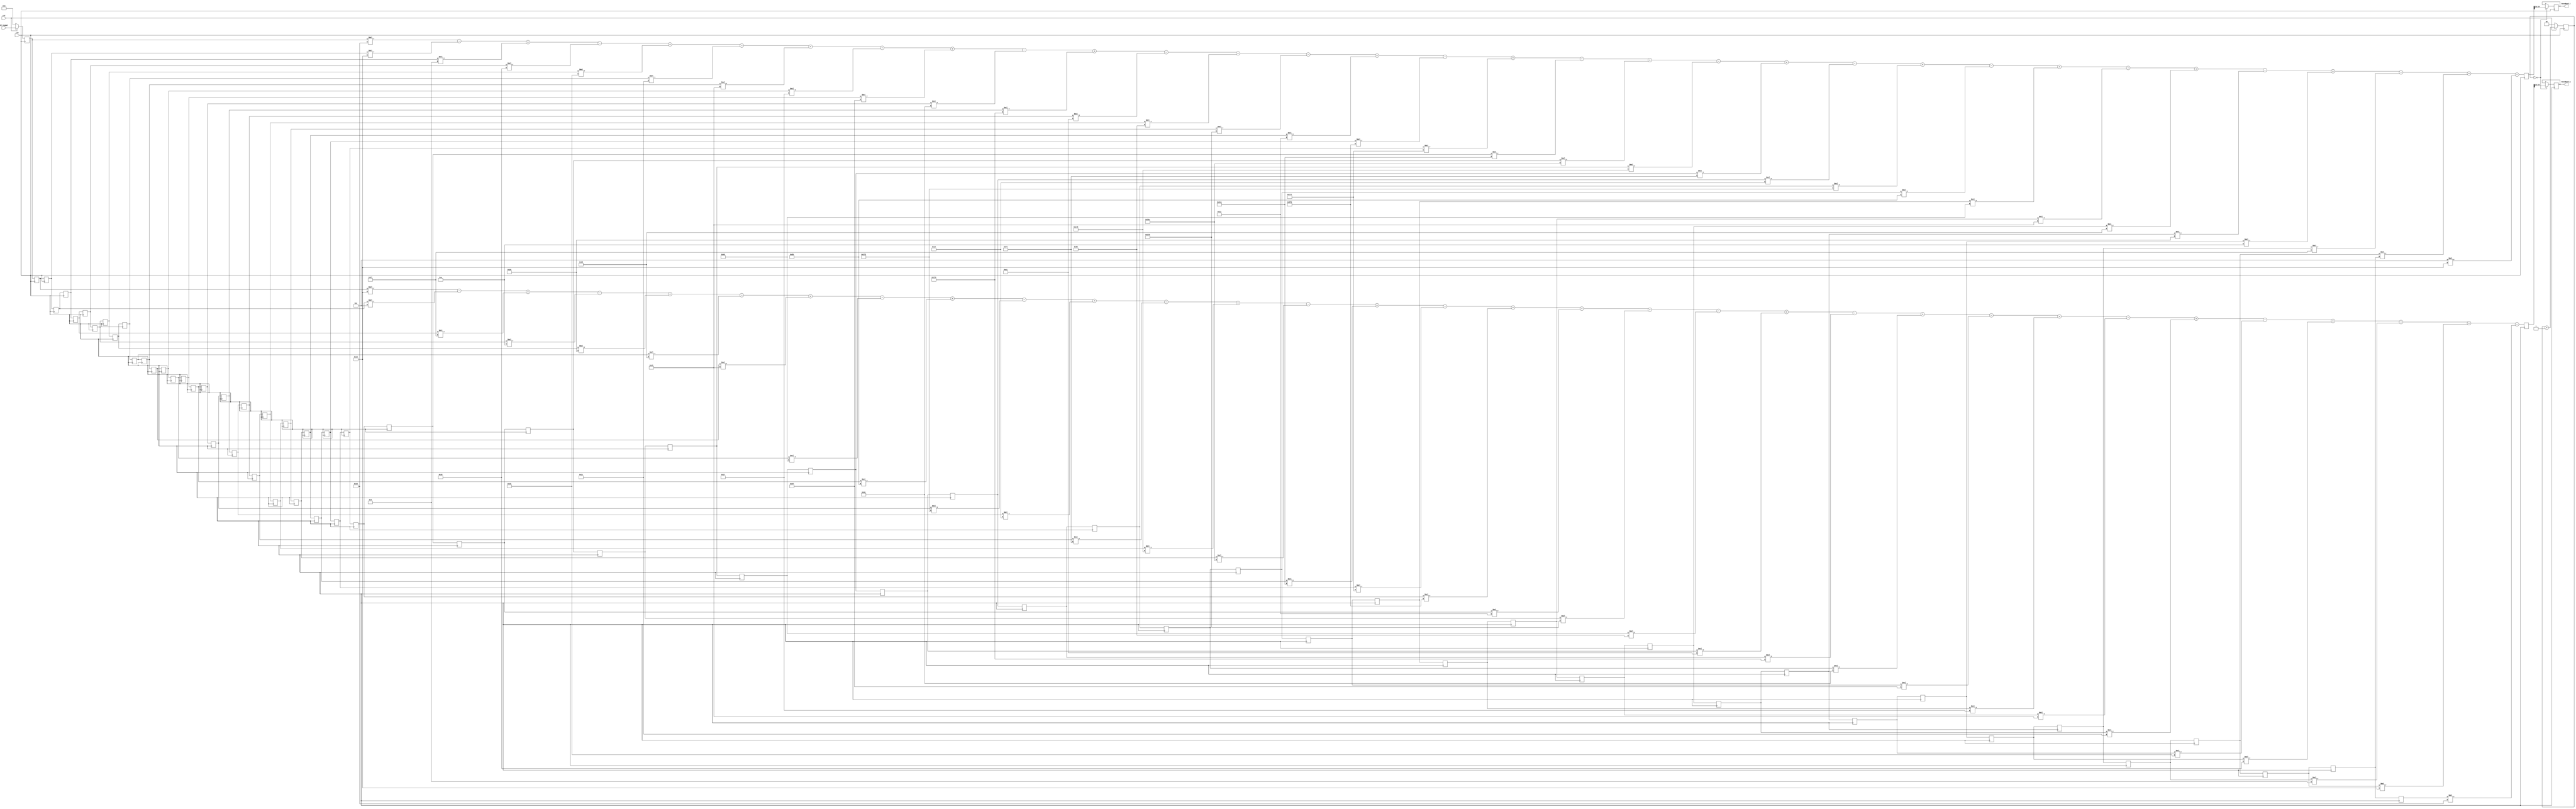
module DDC #(parameter width=12)(
input  clk,
input  rst,
input  [width-1:0]IF_Signal,
output reg [width-1:0]BaseBand_I,
output reg [width-1:0]BaseBand_Q

);
parameter
h0=-11,
h1=20,
h2=20,
h3=12,
h4=-7,
h5=-25,
h6=-27,
h7=-6,
h8=27,
h9=45,
h10=28,
h11=-19,
h12=-63,
h13=-63,
h14=-9,
h15=67,
h16=103,
h17=59,
h18=-48,
h19=-142,
h20=-138,
h21=-12,
h22=161,
h23=244,
h24=136,
h25=-136,
h26=-395,
h27=-404,
h28=-14,
h29=718,
h30=1522,
h31=2047,
h32=2047,
h33=1522,
h34=718,
h35=-14,
h36=-404,
h37=-395,
h38=-136,
h39=136,
h40=244,
h41=161,
h42=-12,
h43=-138,
h44=-142,
h45=-48,
h46=59,
h47=103,
h48=67,
h49=-9,
h50=-63,
h51=-63,
h52=-19,
h53=28,
h54=45,
h55=27,
h56=-6,
h57=-27,
h58=-25,
h59=-7,
h60=12,
h61=20,
h62=20,
h63=-11;

reg [width-1:0]data_in_temp[1:64];
reg [1:0]count=0;

always@(posedge clk)
begin
	if(!rst)
		count<=0;
	else
		count<=count+1'b1;
end

always@(posedge clk)
begin

end

always@(posedge clk)
begin   
if(!rst)
	begin
    data_in_temp[1 ]<=0;
    data_in_temp[2 ]<=0;
    data_in_temp[3 ]<=0;
    data_in_temp[4 ]<=0;
    data_in_temp[5 ]<=0;
    data_in_temp[6 ]<=0;
    data_in_temp[7 ]<=0;
    data_in_temp[8 ]<=0;
    data_in_temp[9 ]<=0;
    data_in_temp[10]<=0;
    data_in_temp[11]<=0;
    data_in_temp[12]<=0;
    data_in_temp[13]<=0;
    data_in_temp[14]<=0;
    data_in_temp[15]<=0;
    data_in_temp[16]<=0;
    data_in_temp[17]<=0;
    data_in_temp[18]<=0;
    data_in_temp[19]<=0;
    data_in_temp[20]<=0;
    data_in_temp[21]<=0;
    data_in_temp[22]<=0;
    data_in_temp[23]<=0;
    data_in_temp[24]<=0;
    data_in_temp[25]<=0;
    data_in_temp[26]<=0;
    data_in_temp[27]<=0;
    data_in_temp[28]<=0;
    data_in_temp[29]<=0;
    data_in_temp[30]<=0;
    data_in_temp[31]<=0;
    data_in_temp[32]<=0;
    data_in_temp[33]<=0;
    data_in_temp[34]<=0;
    data_in_temp[35]<=0;
    data_in_temp[36]<=0;
    data_in_temp[37]<=0;
    data_in_temp[38]<=0;
    data_in_temp[39]<=0;
    data_in_temp[40]<=0;
    data_in_temp[41]<=0;
    data_in_temp[42]<=0;
    data_in_temp[43]<=0;
    data_in_temp[44]<=0;
    data_in_temp[45]<=0;
    data_in_temp[46]<=0;
    data_in_temp[47]<=0;
    data_in_temp[48]<=0;
    data_in_temp[49]<=0;
    data_in_temp[50]<=0;
    data_in_temp[51]<=0;
    data_in_temp[52]<=0;
    data_in_temp[53]<=0;
    data_in_temp[54]<=0;
    data_in_temp[55]<=0;
    data_in_temp[56]<=0;
    data_in_temp[57]<=0;
    data_in_temp[58]<=0;
    data_in_temp[59]<=0;
    data_in_temp[60]<=0;
    data_in_temp[61]<=0;
    data_in_temp[62]<=0;
    data_in_temp[63]<=0;
    data_in_temp[64]<=0;
	end
else 	
	data_in_temp[1 ]<=IF_Signal;
	data_in_temp[2 ]<=data_in_temp[1 ] ;
	data_in_temp[3 ]<=data_in_temp[2 ] ;
	data_in_temp[4 ]<=data_in_temp[3 ] ;
	data_in_temp[5 ]<=data_in_temp[4 ] ;
	data_in_temp[6 ]<=data_in_temp[5 ] ;
	data_in_temp[7 ]<=data_in_temp[6 ] ;
	data_in_temp[8 ]<=data_in_temp[7 ] ;
	data_in_temp[9 ]<=data_in_temp[8 ] ;
	data_in_temp[10]<=data_in_temp[9 ] ;
	data_in_temp[11]<=data_in_temp[10] ;
	data_in_temp[12]<=data_in_temp[11] ;
	data_in_temp[13]<=data_in_temp[12] ;
	data_in_temp[14]<=data_in_temp[13] ;
	data_in_temp[15]<=data_in_temp[14] ;
	data_in_temp[16]<=data_in_temp[15] ;
	data_in_temp[17]<=data_in_temp[16] ;
	data_in_temp[18]<=data_in_temp[17] ;
	data_in_temp[19]<=data_in_temp[18] ;
	data_in_temp[20]<=data_in_temp[19] ;
	data_in_temp[21]<=data_in_temp[20] ;
	data_in_temp[22]<=data_in_temp[21] ;
	data_in_temp[23]<=data_in_temp[22] ;
	data_in_temp[24]<=data_in_temp[23] ;
	data_in_temp[25]<=data_in_temp[24] ;
	data_in_temp[26]<=data_in_temp[25] ;
	data_in_temp[27]<=data_in_temp[26] ;
	data_in_temp[28]<=data_in_temp[27] ;
	data_in_temp[29]<=data_in_temp[28] ;
	data_in_temp[30]<=data_in_temp[29] ;
	data_in_temp[31]<=data_in_temp[30] ;
	data_in_temp[32]<=data_in_temp[31] ;
	data_in_temp[33]<=data_in_temp[32] ;
	data_in_temp[34]<=data_in_temp[33] ;
	data_in_temp[35]<=data_in_temp[34] ;
	data_in_temp[36]<=data_in_temp[35] ;
	data_in_temp[37]<=data_in_temp[36] ;
	data_in_temp[38]<=data_in_temp[37] ;
	data_in_temp[39]<=data_in_temp[38] ;
	data_in_temp[40]<=data_in_temp[39] ;
	data_in_temp[41]<=data_in_temp[40] ;
	data_in_temp[42]<=data_in_temp[41] ;
	data_in_temp[43]<=data_in_temp[42] ;
	data_in_temp[44]<=data_in_temp[43] ;
	data_in_temp[45]<=data_in_temp[44] ;
	data_in_temp[46]<=data_in_temp[45] ;
	data_in_temp[47]<=data_in_temp[46] ;
	data_in_temp[48]<=data_in_temp[47] ;
	data_in_temp[49]<=data_in_temp[48] ;
	data_in_temp[50]<=data_in_temp[49] ;
	data_in_temp[51]<=data_in_temp[50] ;
	data_in_temp[52]<=data_in_temp[51] ;
	data_in_temp[53]<=data_in_temp[52] ;
	data_in_temp[54]<=data_in_temp[53] ;
	data_in_temp[55]<=data_in_temp[54] ;
	data_in_temp[56]<=data_in_temp[55] ;
	data_in_temp[57]<=data_in_temp[56] ;
	data_in_temp[58]<=data_in_temp[57] ;
	data_in_temp[59]<=data_in_temp[58] ;
	data_in_temp[60]<=data_in_temp[59] ;
	data_in_temp[61]<=data_in_temp[60] ;
	data_in_temp[62]<=data_in_temp[61] ;
	data_in_temp[63]<=data_in_temp[62] ;
	data_in_temp[64]<=data_in_temp[63] ;

end

reg[2*width+6:0] data_out1;
always@(posedge clk)
begin
	data_out1<=
	$signed($signed(data_in_temp[1] ) *   h63) -
	$signed($signed(data_in_temp[2] ) *   h62) -
	$signed($signed(data_in_temp[3] ) *   h61) +
	$signed($signed(data_in_temp[4] ) *   h60) +
	$signed($signed(data_in_temp[5] ) *   h59) -
	$signed($signed(data_in_temp[6] ) *   h58) -
	$signed($signed(data_in_temp[7] ) *   h57) +
	$signed($signed(data_in_temp[8] ) *   h56) +
	$signed($signed(data_in_temp[9] ) *   h55) -
	$signed($signed(data_in_temp[10]) *   h54) -
	$signed($signed(data_in_temp[11]) *   h53 ) +
	$signed($signed(data_in_temp[12]) *   h52 ) +
	$signed($signed(data_in_temp[13]) *   h51 ) -
	$signed($signed(data_in_temp[14]) *   h50 ) -
	$signed($signed(data_in_temp[15]) *   h49 ) +
	$signed($signed(data_in_temp[16]) *   h48 ) +
	$signed($signed(data_in_temp[17]) *   h47 ) -
	$signed($signed(data_in_temp[18]) *   h46 ) -
	$signed($signed(data_in_temp[19]) *   h45 ) +
	$signed($signed(data_in_temp[20]) *   h44 ) +
	$signed($signed(data_in_temp[21]) *   h43 ) -
	$signed($signed(data_in_temp[22]) *   h42 ) -
	$signed($signed(data_in_temp[23]) *   h41 ) +
	$signed($signed(data_in_temp[24]) *   h40 ) +
	$signed($signed(data_in_temp[25]) *   h39 ) -
	$signed($signed(data_in_temp[26]) *   h38 ) -
	$signed($signed(data_in_temp[27]) *   h37 ) +
	$signed($signed(data_in_temp[28]) *   h36 ) +
	$signed($signed(data_in_temp[29]) *   h35 ) -
	$signed($signed(data_in_temp[30]) *   h34 ) -
   $signed($signed(data_in_temp[31]) *   h33 ) +
   $signed($signed(data_in_temp[32]) *   h32 ) +
   $signed($signed(data_in_temp[33]) *   h31 ) -
   $signed($signed(data_in_temp[34]) *   h30 ) -
   $signed($signed(data_in_temp[35]) *   h29 ) +
   $signed($signed(data_in_temp[36]) *   h28 ) +
   $signed($signed(data_in_temp[37]) *   h27 ) -
   $signed($signed(data_in_temp[38]) *   h26 ) -
   $signed($signed(data_in_temp[39]) *   h25 ) +
   $signed($signed(data_in_temp[40]) *   h24 ) +
   $signed($signed(data_in_temp[41]) *   h23 ) -
   $signed($signed(data_in_temp[42]) *   h22 ) -
   $signed($signed(data_in_temp[43]) *   h21 ) +
   $signed($signed(data_in_temp[44]) *   h20 ) +
   $signed($signed(data_in_temp[45]) *   h19 ) -
   $signed($signed(data_in_temp[46]) *   h18 ) -
   $signed($signed(data_in_temp[47]) *   h17 ) +
   $signed($signed(data_in_temp[48]) *   h16 ) +
   $signed($signed(data_in_temp[49]) *   h15 ) -
   $signed($signed(data_in_temp[50]) *   h14 ) -
   $signed($signed(data_in_temp[51]) *   h13 ) +
   $signed($signed(data_in_temp[52]) *   h12 ) +
   $signed($signed(data_in_temp[53]) *   h11 ) -
   $signed($signed(data_in_temp[54]) *   h10 ) -
   $signed($signed(data_in_temp[55]) *   h9  ) +  
   $signed($signed(data_in_temp[56]) *   h8  ) +  
   $signed($signed(data_in_temp[57]) *   h7  ) -  
   $signed($signed(data_in_temp[58]) *   h6  ) -  
   $signed($signed(data_in_temp[59]) *   h5  ) +  
   $signed($signed(data_in_temp[60]) *   h4  ) +  
   $signed($signed(data_in_temp[61]) *   h3  ) -  
   $signed($signed(data_in_temp[62]) *   h2  ) -  
   $signed($signed(data_in_temp[63]) *   h1  ) +  
   $signed($signed(data_in_temp[64]) *   h0  )  ;
				 
				 
 end      
 
 reg [2*width+6:0] data_outI;
 reg [2*width+6:0] data_outQ;
 always@(posedge clk)
begin
	data_outI<=
	$signed($signed(data_in_temp[1] ) *   h63) -
	//$signed($signed(data_in_temp[2] ) *   h62) -
	$signed($signed(data_in_temp[3] ) *   h61) +
	//$signed($signed(data_in_temp[4] ) *   h60) +
	$signed($signed(data_in_temp[5] ) *   h59) -
	//$signed($signed(data_in_temp[6] ) *   h58) -
	$signed($signed(data_in_temp[7] ) *   h57) +
	//$signed($signed(data_in_temp[8] ) *   h56) +
	$signed($signed(data_in_temp[9] ) *   h55) -
	//$signed($signed(data_in_temp[10]) *   h54) -
	$signed($signed(data_in_temp[11]) *   h53 ) +
	//$signed($signed(data_in_temp[12]) *   h52 ) +
	$signed($signed(data_in_temp[13]) *   h51 ) -
	//$signed($signed(data_in_temp[14]) *   h50 ) -
	$signed($signed(data_in_temp[15]) *   h49 ) +
	//$signed($signed(data_in_temp[16]) *   h48 ) +
	$signed($signed(data_in_temp[17]) *   h47 ) -
	//$signed($signed(data_in_temp[18]) *   h46 ) -
	$signed($signed(data_in_temp[19]) *   h45 ) +
	//$signed($signed(data_in_temp[20]) *   h44 ) +
	$signed($signed(data_in_temp[21]) *   h43 ) -
	//$signed($signed(data_in_temp[22]) *   h42 ) -
	$signed($signed(data_in_temp[23]) *   h41 ) +
	//$signed($signed(data_in_temp[24]) *   h40 ) +
	$signed($signed(data_in_temp[25]) *   h39 ) -
	//$signed($signed(data_in_temp[26]) *   h38 ) -
	$signed($signed(data_in_temp[27]) *   h37 ) +
	//$signed($signed(data_in_temp[28]) *   h36 ) +
	$signed($signed(data_in_temp[29]) *   h35 ) -
	//$signed($signed(data_in_temp[30]) *   h34 ) -
    $signed($signed(data_in_temp[31]) *   h33 ) +
   // $signed($signed(data_in_temp[32]) *   h32 ) +
    $signed($signed(data_in_temp[33]) *   h31 ) -
    //$signed($signed(data_in_temp[34]) *   h30 ) -
    $signed($signed(data_in_temp[35]) *   h29 ) +
   // $signed($signed(data_in_temp[36]) *   h28 ) +
    $signed($signed(data_in_temp[37]) *   h27 ) -
   // $signed($signed(data_in_temp[38]) *   h26 ) -
    $signed($signed(data_in_temp[39]) *   h25 ) +
   // $signed($signed(data_in_temp[40]) *   h24 ) +
    $signed($signed(data_in_temp[41]) *   h23 ) -
   // $signed($signed(data_in_temp[42]) *   h22 ) -
    $signed($signed(data_in_temp[43]) *   h21 ) +
   // $signed($signed(data_in_temp[44]) *   h20 ) +
    $signed($signed(data_in_temp[45]) *   h19 ) -
   // $signed($signed(data_in_temp[46]) *   h18 ) -
    $signed($signed(data_in_temp[47]) *   h17 ) +
   // $signed($signed(data_in_temp[48]) *   h16 ) +
    $signed($signed(data_in_temp[49]) *   h15 ) -
   // $signed($signed(data_in_temp[50]) *   h14 ) -
    $signed($signed(data_in_temp[51]) *   h13 ) +
   // $signed($signed(data_in_temp[52]) *   h12 ) +
    $signed($signed(data_in_temp[53]) *   h11 ) -
   // $signed($signed(data_in_temp[54]) *   h10 ) -
    $signed($signed(data_in_temp[55]) *   h9  ) +  
   // $signed($signed(data_in_temp[56]) *   h8  ) +  
    $signed($signed(data_in_temp[57]) *   h7  ) -  
  //  $signed($signed(data_in_temp[58]) *   h6  ) -  
    $signed($signed(data_in_temp[59]) *   h5  ) +  
  //  $signed($signed(data_in_temp[60]) *   h4  ) +  
    $signed($signed(data_in_temp[61]) *   h3  ) -  
  //  $signed($signed(data_in_temp[62]) *   h2  ) -  
    $signed($signed(data_in_temp[63]) *   h1  ) ;  
  //  $signed($signed(data_in_temp[64]) *   h0  )  ;
				 
	data_outQ<=
	//$signed($signed(data_in_temp[1] ) *   h63) -
	$signed($signed(data_in_temp[2] ) *   h62) -
	//$signed($signed(data_in_temp[3] ) *   h61) +
	$signed($signed(data_in_temp[4] ) *   h60) +
	//$signed($signed(data_in_temp[5] ) *   h59) -
	$signed($signed(data_in_temp[6] ) *   h58) -
	//$signed($signed(data_in_temp[7] ) *   h57) +
	$signed($signed(data_in_temp[8] ) *   h56) +
	//$signed($signed(data_in_temp[9] ) *   h55) -
	$signed($signed(data_in_temp[10]) *   h54) -
	//$signed($signed(data_in_temp[11]) *   h53 ) +
	$signed($signed(data_in_temp[12]) *   h52 ) +
	//$signed($signed(data_in_temp[13]) *   h51 ) -
	$signed($signed(data_in_temp[14]) *   h50 ) -
	//$signed($signed(data_in_temp[15]) *   h49 ) +
	$signed($signed(data_in_temp[16]) *   h48 ) +
	//$signed($signed(data_in_temp[17]) *   h47 ) -
	$signed($signed(data_in_temp[18]) *   h46 ) -
	//$signed($signed(data_in_temp[19]) *   h45 ) +
	$signed($signed(data_in_temp[20]) *   h44 ) +
	//$signed($signed(data_in_temp[21]) *   h43 ) -
	$signed($signed(data_in_temp[22]) *   h42 ) -
	//$signed($signed(data_in_temp[23]) *   h41 ) +
	$signed($signed(data_in_temp[24]) *   h40 ) +
	//$signed($signed(data_in_temp[25]) *   h39 ) -
	$signed($signed(data_in_temp[26]) *   h38 ) -
	//$signed($signed(data_in_temp[27]) *   h37 ) +
	$signed($signed(data_in_temp[28]) *   h36 ) +
	//$signed($signed(data_in_temp[29]) *   h35 ) -
	$signed($signed(data_in_temp[30]) *   h34 ) -
    //$signed($signed(data_in_temp[31]) *   h33 ) +
    $signed($signed(data_in_temp[32]) *   h32 ) +
    //$signed($signed(data_in_temp[33]) *   h31 ) -
    $signed($signed(data_in_temp[34]) *   h30 ) -
   // $signed($signed(data_in_temp[35]) *   h29 ) +
    $signed($signed(data_in_temp[36]) *   h28 ) +
   // $signed($signed(data_in_temp[37]) *   h27 ) -
    $signed($signed(data_in_temp[38]) *   h26 ) -
   // $signed($signed(data_in_temp[39]) *   h25 ) +
    $signed($signed(data_in_temp[40]) *   h24 ) +
   // $signed($signed(data_in_temp[41]) *   h23 ) -
    $signed($signed(data_in_temp[42]) *   h22 ) -
   // $signed($signed(data_in_temp[43]) *   h21 ) +
    $signed($signed(data_in_temp[44]) *   h20 ) +
   // $signed($signed(data_in_temp[45]) *   h19 ) -
    $signed($signed(data_in_temp[46]) *   h18 ) -
   // $signed($signed(data_in_temp[47]) *   h17 ) +
    $signed($signed(data_in_temp[48]) *   h16 ) +
  //  $signed($signed(data_in_temp[49]) *   h15 ) -
    $signed($signed(data_in_temp[50]) *   h14 ) -
   // $signed($signed(data_in_temp[51]) *   h13 ) +
    $signed($signed(data_in_temp[52]) *   h12 ) +
   // $signed($signed(data_in_temp[53]) *   h11 ) -
    $signed($signed(data_in_temp[54]) *   h10 ) -
   // $signed($signed(data_in_temp[55]) *   h9  ) +  
    $signed($signed(data_in_temp[56]) *   h8  ) +  
   // $signed($signed(data_in_temp[57]) *   h7  ) -  
    $signed($signed(data_in_temp[58]) *   h6  ) -  
  //  $signed($signed(data_in_temp[59]) *   h5  ) +  
    $signed($signed(data_in_temp[60]) *   h4  ) +  
   // $signed($signed(data_in_temp[61]) *   h3  ) -  
    $signed($signed(data_in_temp[62]) *   h2  ) -  
  //  $signed($signed(data_in_temp[63]) *   h1  ) +  
    $signed($signed(data_in_temp[64]) *   h0  )  ;
	
 end     
 
 

 
 
  always@(posedge clk)
 begin
	if(count==2'd0)
		//BaseBand_I<=data_outI[2*width+6: 2*width+6-width-1];
		BaseBand_I<=data_outI[2*width+1: 2*width-width+1];
 end
 
  always@(posedge clk)
 begin
	if(count==2'd0)
		//BaseBand_Q<=data_outQ[2*width+6: 2*width+6-width-1];
		BaseBand_Q<=data_outQ[2*width+1: 2*width-width+1];
 end




endmodule